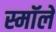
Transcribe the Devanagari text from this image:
स्मॉले